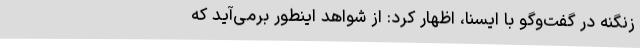
زنگنه در گفت‌وگو با ایسنا، اظهار کرد: از شواهد اینطور برمی‌آید که